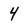
Character: 4